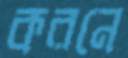
করনে